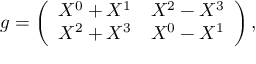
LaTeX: g = \left( \begin{array} { c c c } { { X ^ { 0 } + X ^ { 1 } } } & { { X ^ { 2 } - X ^ { 3 } } } \\ { { X ^ { 2 } + X ^ { 3 } } } & { { X ^ { 0 } - X ^ { 1 } } } \end{array} \right) ,